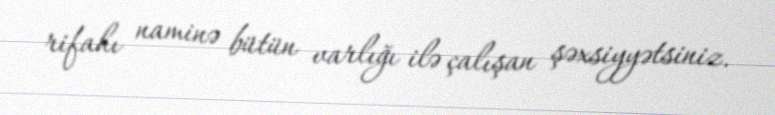
rifahı naminə bütün varlığı ilə çalışan şəxsiyyətsiniz.